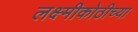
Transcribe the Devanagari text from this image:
लक्ष्मीकोठीच्या